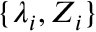
\{ \lambda _ { i } , Z _ { i } \}